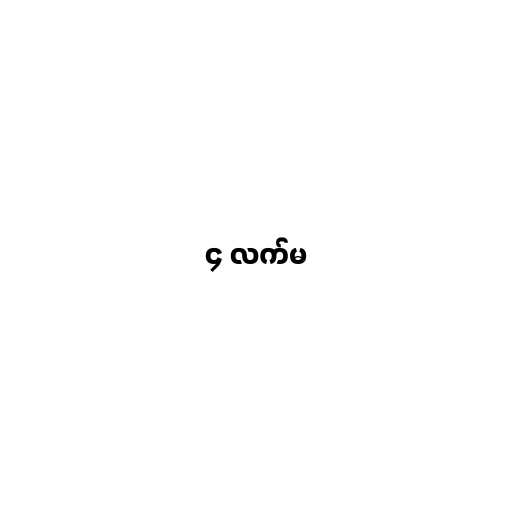
၄ လက်မ